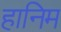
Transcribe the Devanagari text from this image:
हानिम